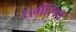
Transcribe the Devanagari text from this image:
धर्मसिंधू